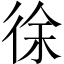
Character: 徐